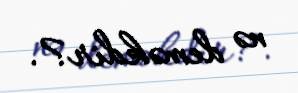
nə deməkdir?.